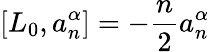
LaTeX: [L_{0},a_{n}^{\alpha}]=-\frac{n}{2}a_{n}^{\alpha}